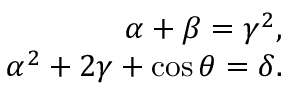
\begin{array} { r } { \alpha + \beta = \gamma ^ { 2 } , } \\ { \alpha ^ { 2 } + 2 \gamma + \cos \theta = \delta . } \end{array}